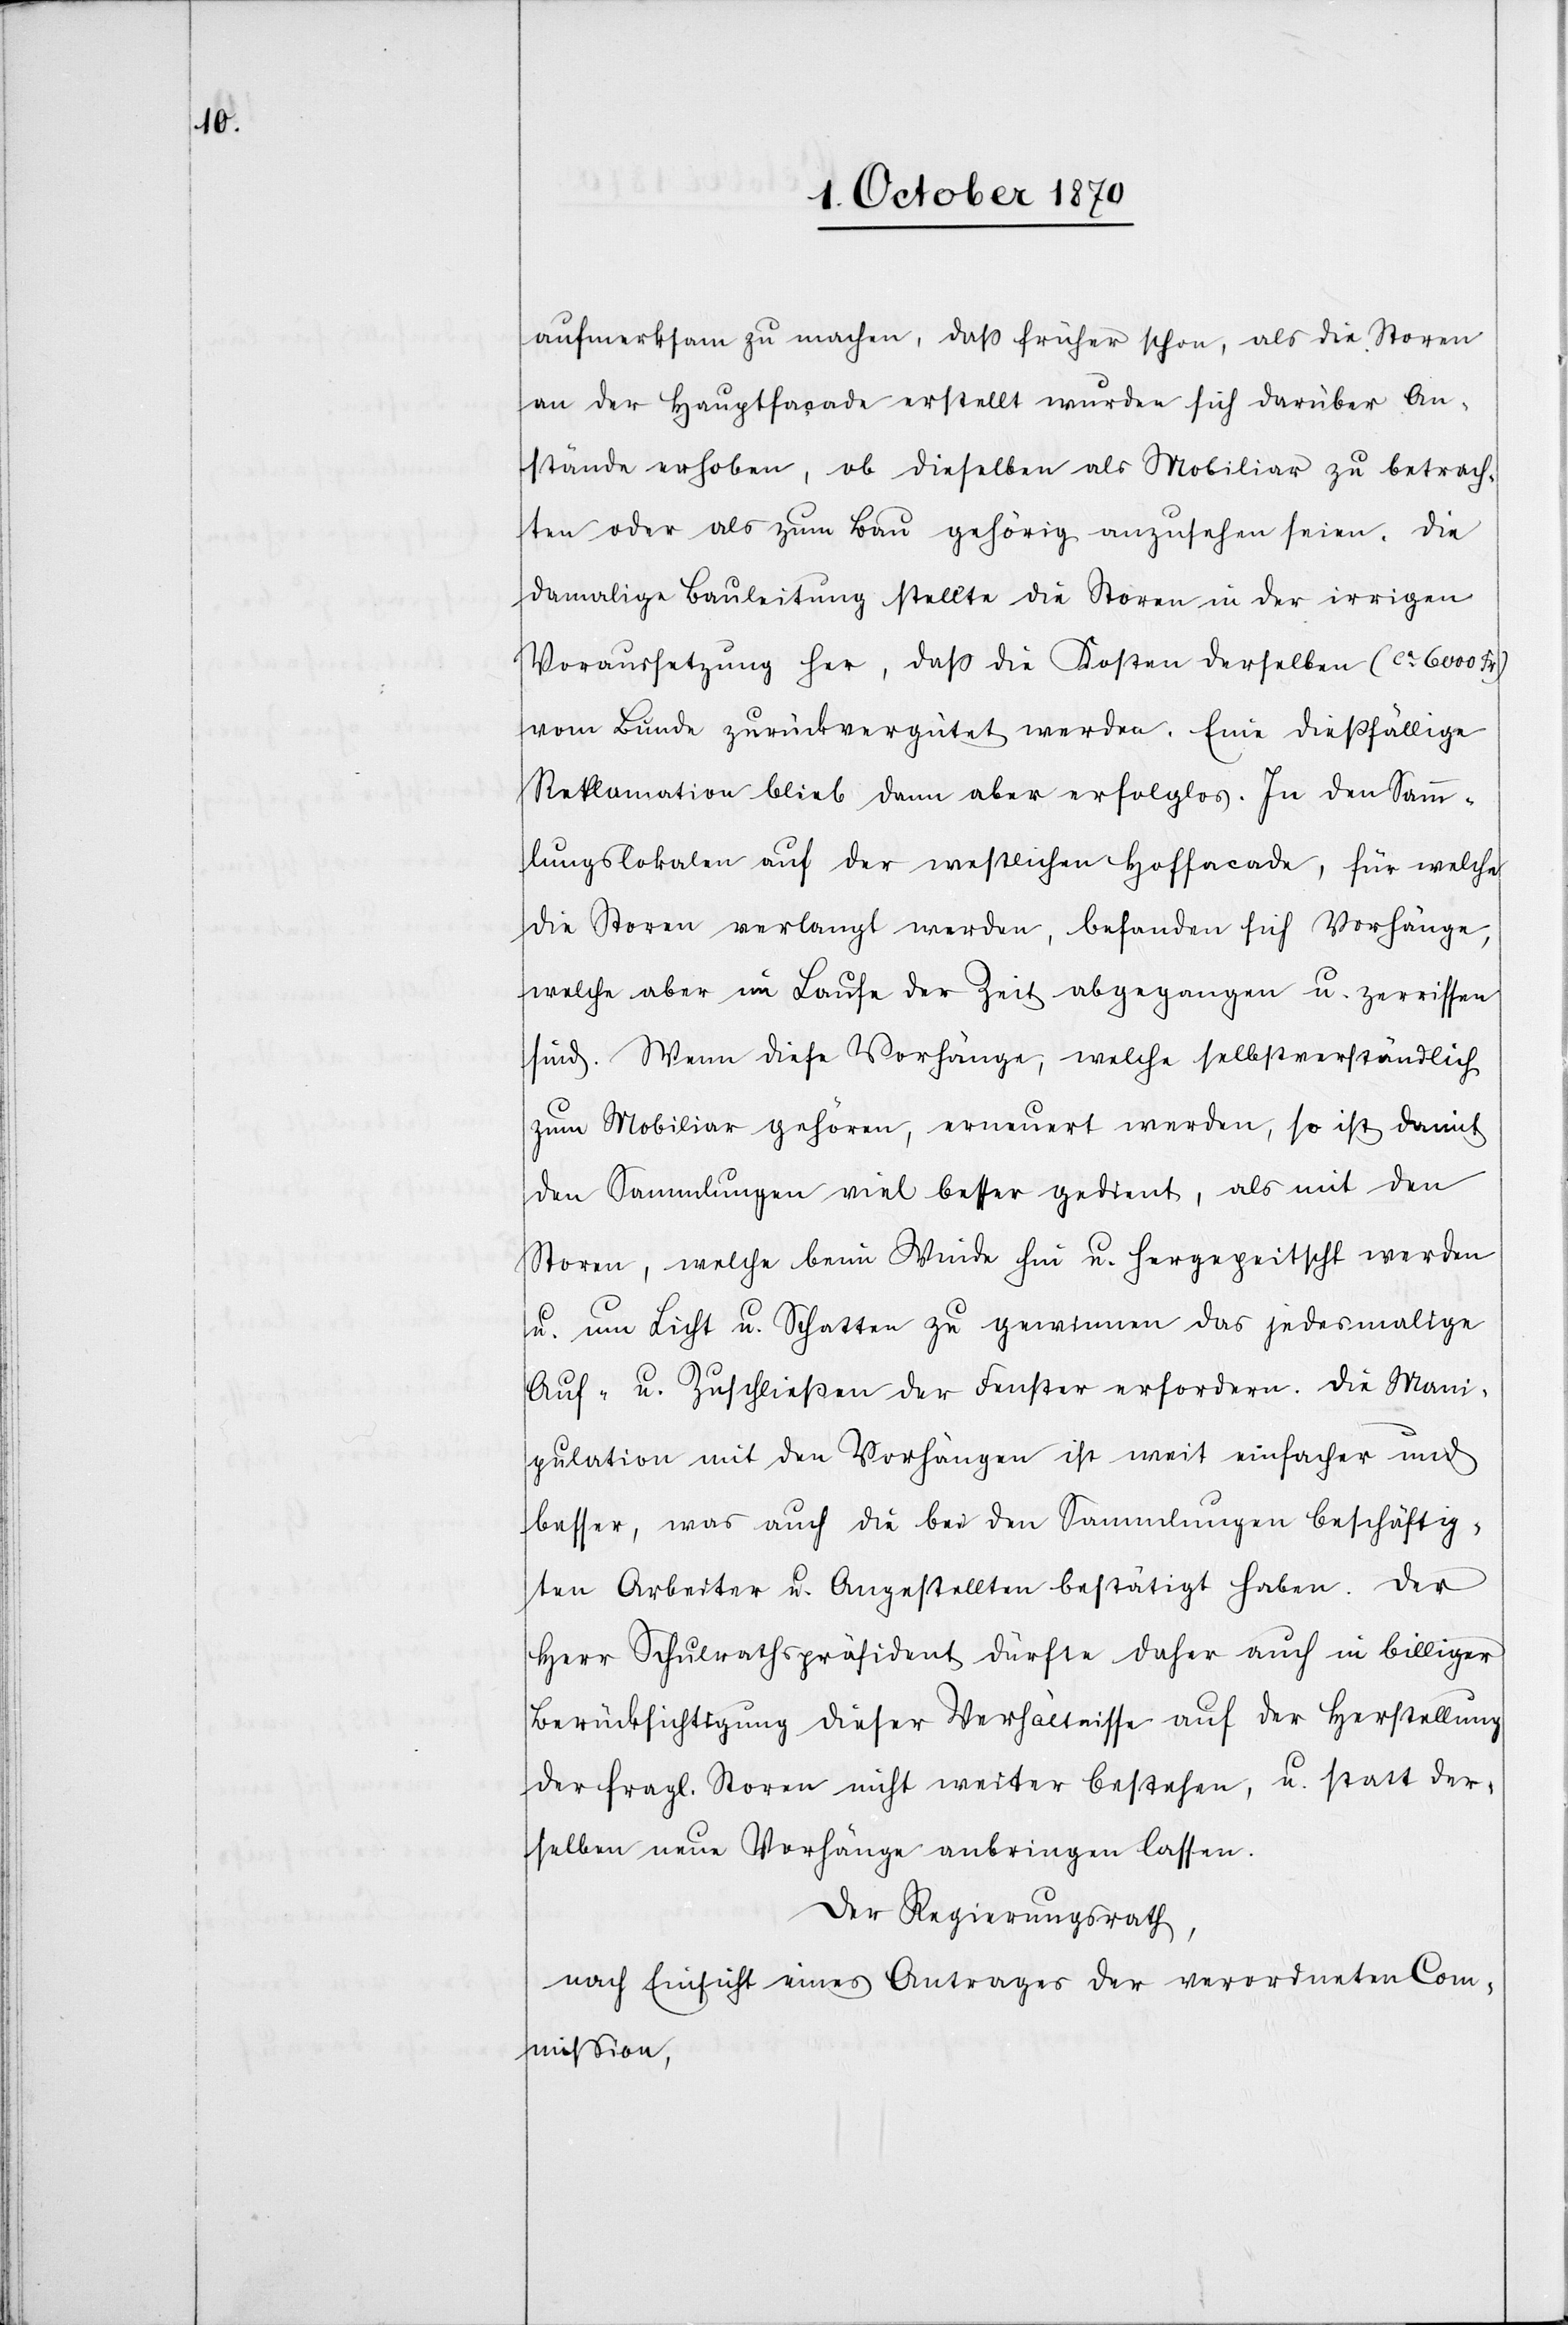
aufmerksam zu machen, daß früher schon, als die Storen
an der Hauptfaçade erstellt wurden sich darüber An¬
stände erhoben, ob dieselben als Mobiliar zu betrach¬
ten oder als zum Bau gehörig anzusehen seien. Die
damalige Bauleitung stellte die Storen in der irrigen
Voraussetzung her, daß die Kosten derselben (ca 6000 Fr.)
vom Bunde zurückvergütet werden. Eine dießfällige
Reklamation blieb dann aber erfolglos. In den Samm¬
lungslokalen auf der westlichen Hoffacade, für welche
die Storen verlangt werden, befanden sich Vorhänge,
welche aber im Laufe der Zeit abgegangen u. zerrissen
sind. Wenn diese Vorhänge, welche selbstverständlich
zum Mobiliar gehören, erneuert werden, so ist damit
den Sammlungen viel besser gedient, als mit den
Storen, welche beim Winde hin u. hergepeitscht werden
u. um Licht u. Schatten zu gewinnen das jedermalige
Auf- u. Zuschließen der Fenster erfordere. Die Mani¬
pulation mit den Vorhängen ist weit einfacher und
besser, was auch die bei den Sammlungen beschäftig¬
ten Arbeiter u. Angestellten bestätigt haben. Der
Herr Schulrathspräsident dürfe daher auch in billiger
Berücksichtigung dieser Verhältnisse auf der Herstellung
der fragl. Storen nicht weiter bestehen, u. statt der¬
selben neue Vorhänge anbringen lassen.
Der Regierungsrath,
nach Einsicht eines Antrages der verordneten Com¬
mission,